Development of the Leishman-Donovan parasite in Cimex rotundatus - Number 31
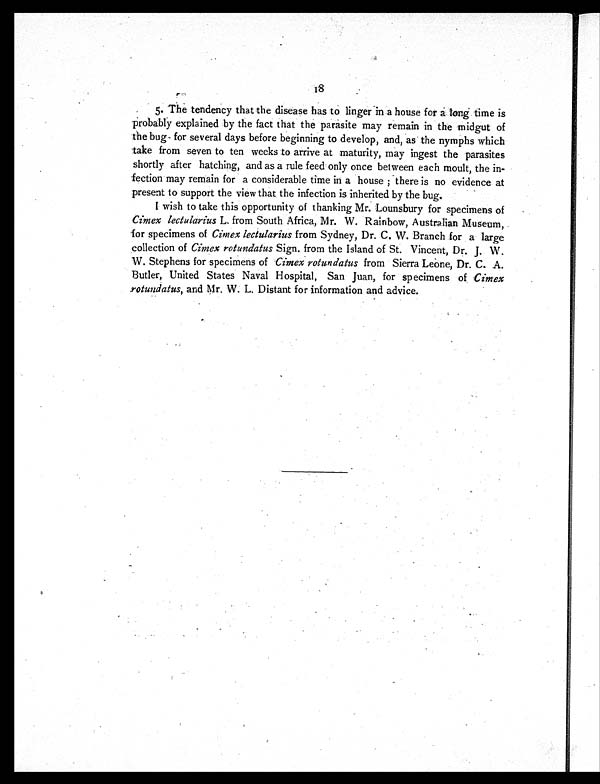
5. The tendency that the disease has to linger in a house for a long time is
probably explained by the fact that the parasite may remain in the midgut of
the bug for several days before beginning to develop, and, as the nymphs which
take from seven to ten weeks to arrive at maturity, may ingest the parasites
shortly after hatching, and as a rule feed only once between each moult, the in-
fection may remain for a considerable time in a house ; there is no evidence at
present to support the view that the infection is inherited by the bug.
I wish to take this opportunity of thanking Mr. Lounsbury for specimens of
Cimex lectularius L. from South Africa, Mr. W. Rainbow, Australian Museum,
for specimens of Cimex lectularius from Sydney, Dr. C. W. Branch for a large
collection of Cimex rotundatus Sign. from the Island of St. Vincent, Dr. J. W.
W. Stephens for specimens of Cimex rotundatus from Sierra Leone, Dr. C. A.
Butler, United States Naval Hospital, San Juan, for specimens of , Cimex
rotundatus, and Mr. W. L. Distant for information and advice.